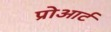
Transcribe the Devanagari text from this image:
प्रोआर्ट